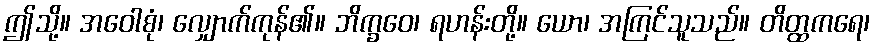
ဤသို့။ အဝေါစုံ၊ လျှောက်ကုန်၏။ ဘိက္ခဝေ၊ ရဟန်းတို့။ ယော၊ အကြင်သူသည်။ တိတ္ထကရေ၊